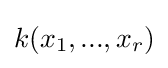
k(x_{1},...,x_{r})